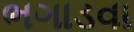
ભગાડવા